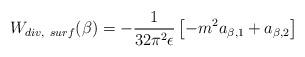
LaTeX: \begin{align*}W_{div,~surf}(\beta)=-{1 \over 32\pi ^2\epsilon}\left[-m^2 a_{\beta,1} +a_{\beta, 2}\right]~~~\end{align*}